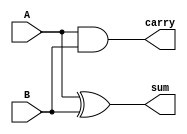
module halfAdder(input A, B, output sum, carry);
    assign sum=A ^ B;
    assign carry= A & B;
    endmodule